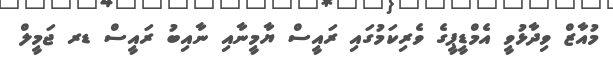
މުއާޒް ވިދާޅުވީ އެމްޑީޕީގެ ވެރިކަމުގައި ރައީސް ޔާމީނާއި ނާއިބު ރައީސް ޑރ ޖަމީލް